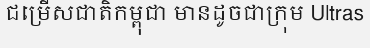
ជម្រើសជាតិកម្ពុជា មានដូចជាក្រុម Ultras